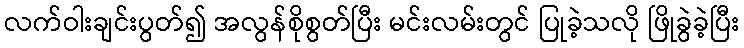
လက်ဝါးချင်းပွတ်၍ အလွန်စိုစွတ်ပြီး မင်းလမ်းတွင် ပြုခဲ့သလို ဖြိုခွဲခဲ့ပြီး